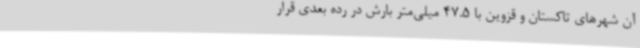
آن شهرهای تاکستان و قزوین با 47.5 میلی‌متر بارش در رده بعدی قرار